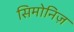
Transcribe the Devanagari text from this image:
सिमोनिज़